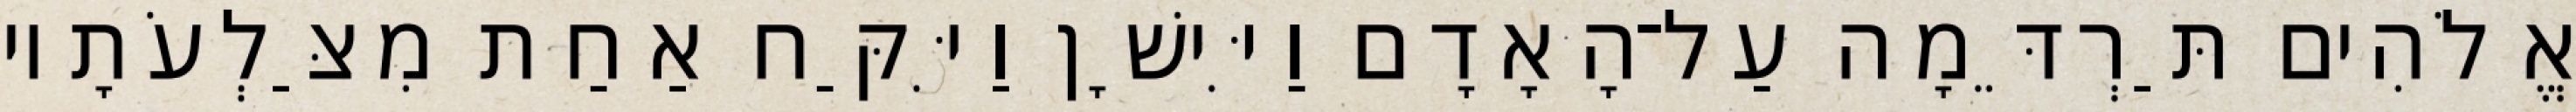
אֱלֹהִים תַּרְדֵּמָה עַל־הָאָדָם וַיִּישָׁן וַיִּקַּח אַחַת מִצַּלְעֹתָיו